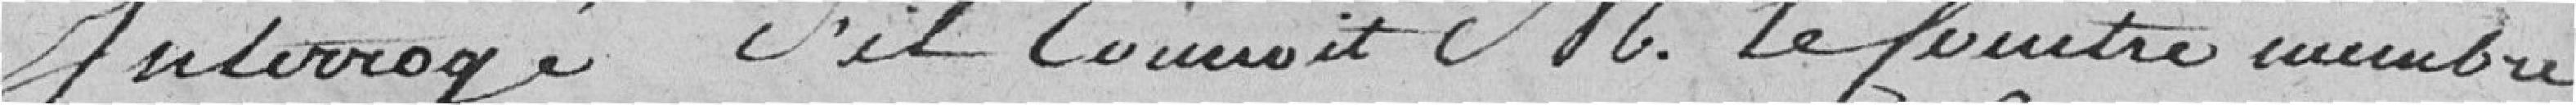
Interrogé s'il connait M. Leceintre membre